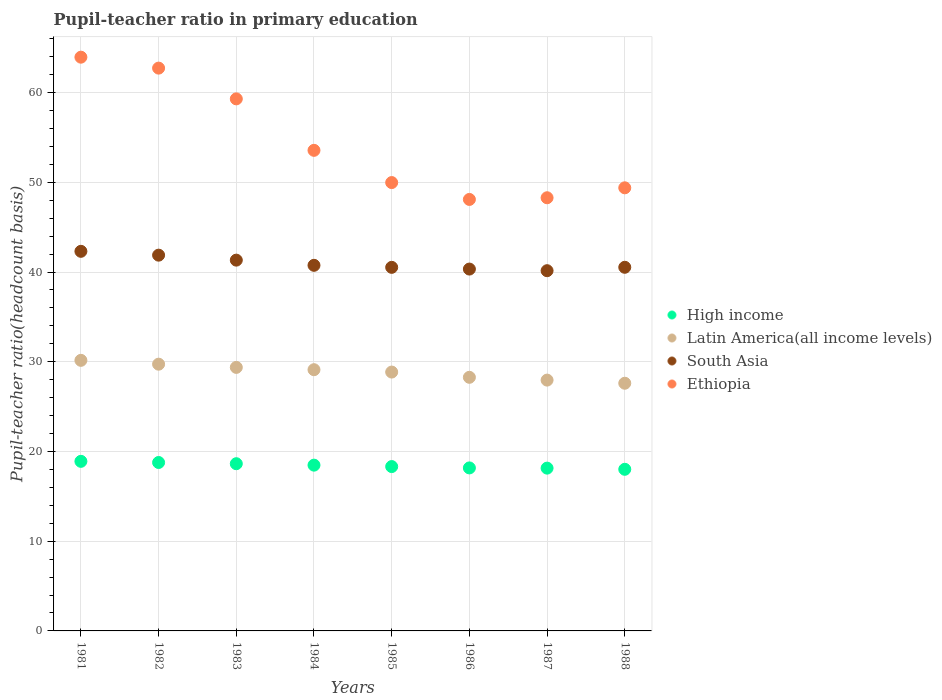
| Years | High income | Latin America(all income levels) | South Asia | Ethiopia |
 | --- | --- | --- | --- | --- |
 | 1981 | 18.9 | 30.2 | 42.3 | 63.9 |
 | 1982 | 18.8 | 29.7 | 41.9 | 62.7 |
 | 1983 | 18.6 | 29.4 | 41.3 | 59.3 |
 | 1984 | 18.5 | 29.1 | 40.7 | 53.6 |
 | 1985 | 18.3 | 28.8 | 40.5 | 50 |
 | 1986 | 18.2 | 28.3 | 40.3 | 48.1 |
 | 1987 | 18.1 | 28 | 40.1 | 48.3 |
 | 1988 | 18 | 27.6 | 40.5 | 49.4 |